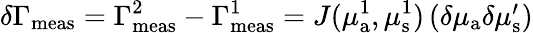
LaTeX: \delta\Gamma_{\mathrm{meas}}=\Gamma_{\mathrm{meas}}^{2}-\Gamma_{\mathrm{meas}}^{1}=J(\mu_{{\mathrm a}}^{1},\mu_{\mathrm{s}}^{1})\left(\begin{array}{l}{\delta\mu_{{\mathrm a}}\delta\mu_{\mathrm{s}}^{\prime}}\end{array}\right)